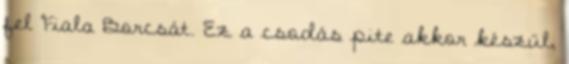
fel Fiala Borcsát. Ez a csodás pite akkor készül,